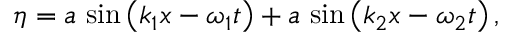
\eta = a \, \sin \left( k _ { 1 } x - \omega _ { 1 } t \right) + a \, \sin \left( k _ { 2 } x - \omega _ { 2 } t \right) ,